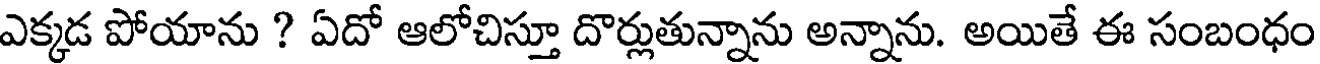
ఎక్కడ పోయాను ? ఏదో ఆలోచిస్తూ దొర్లుతున్నాను అన్నాను. అయితే ఈ సంబంధం